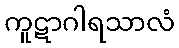
ကူဋာဂါရသာလံ